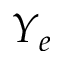
Y _ { e }